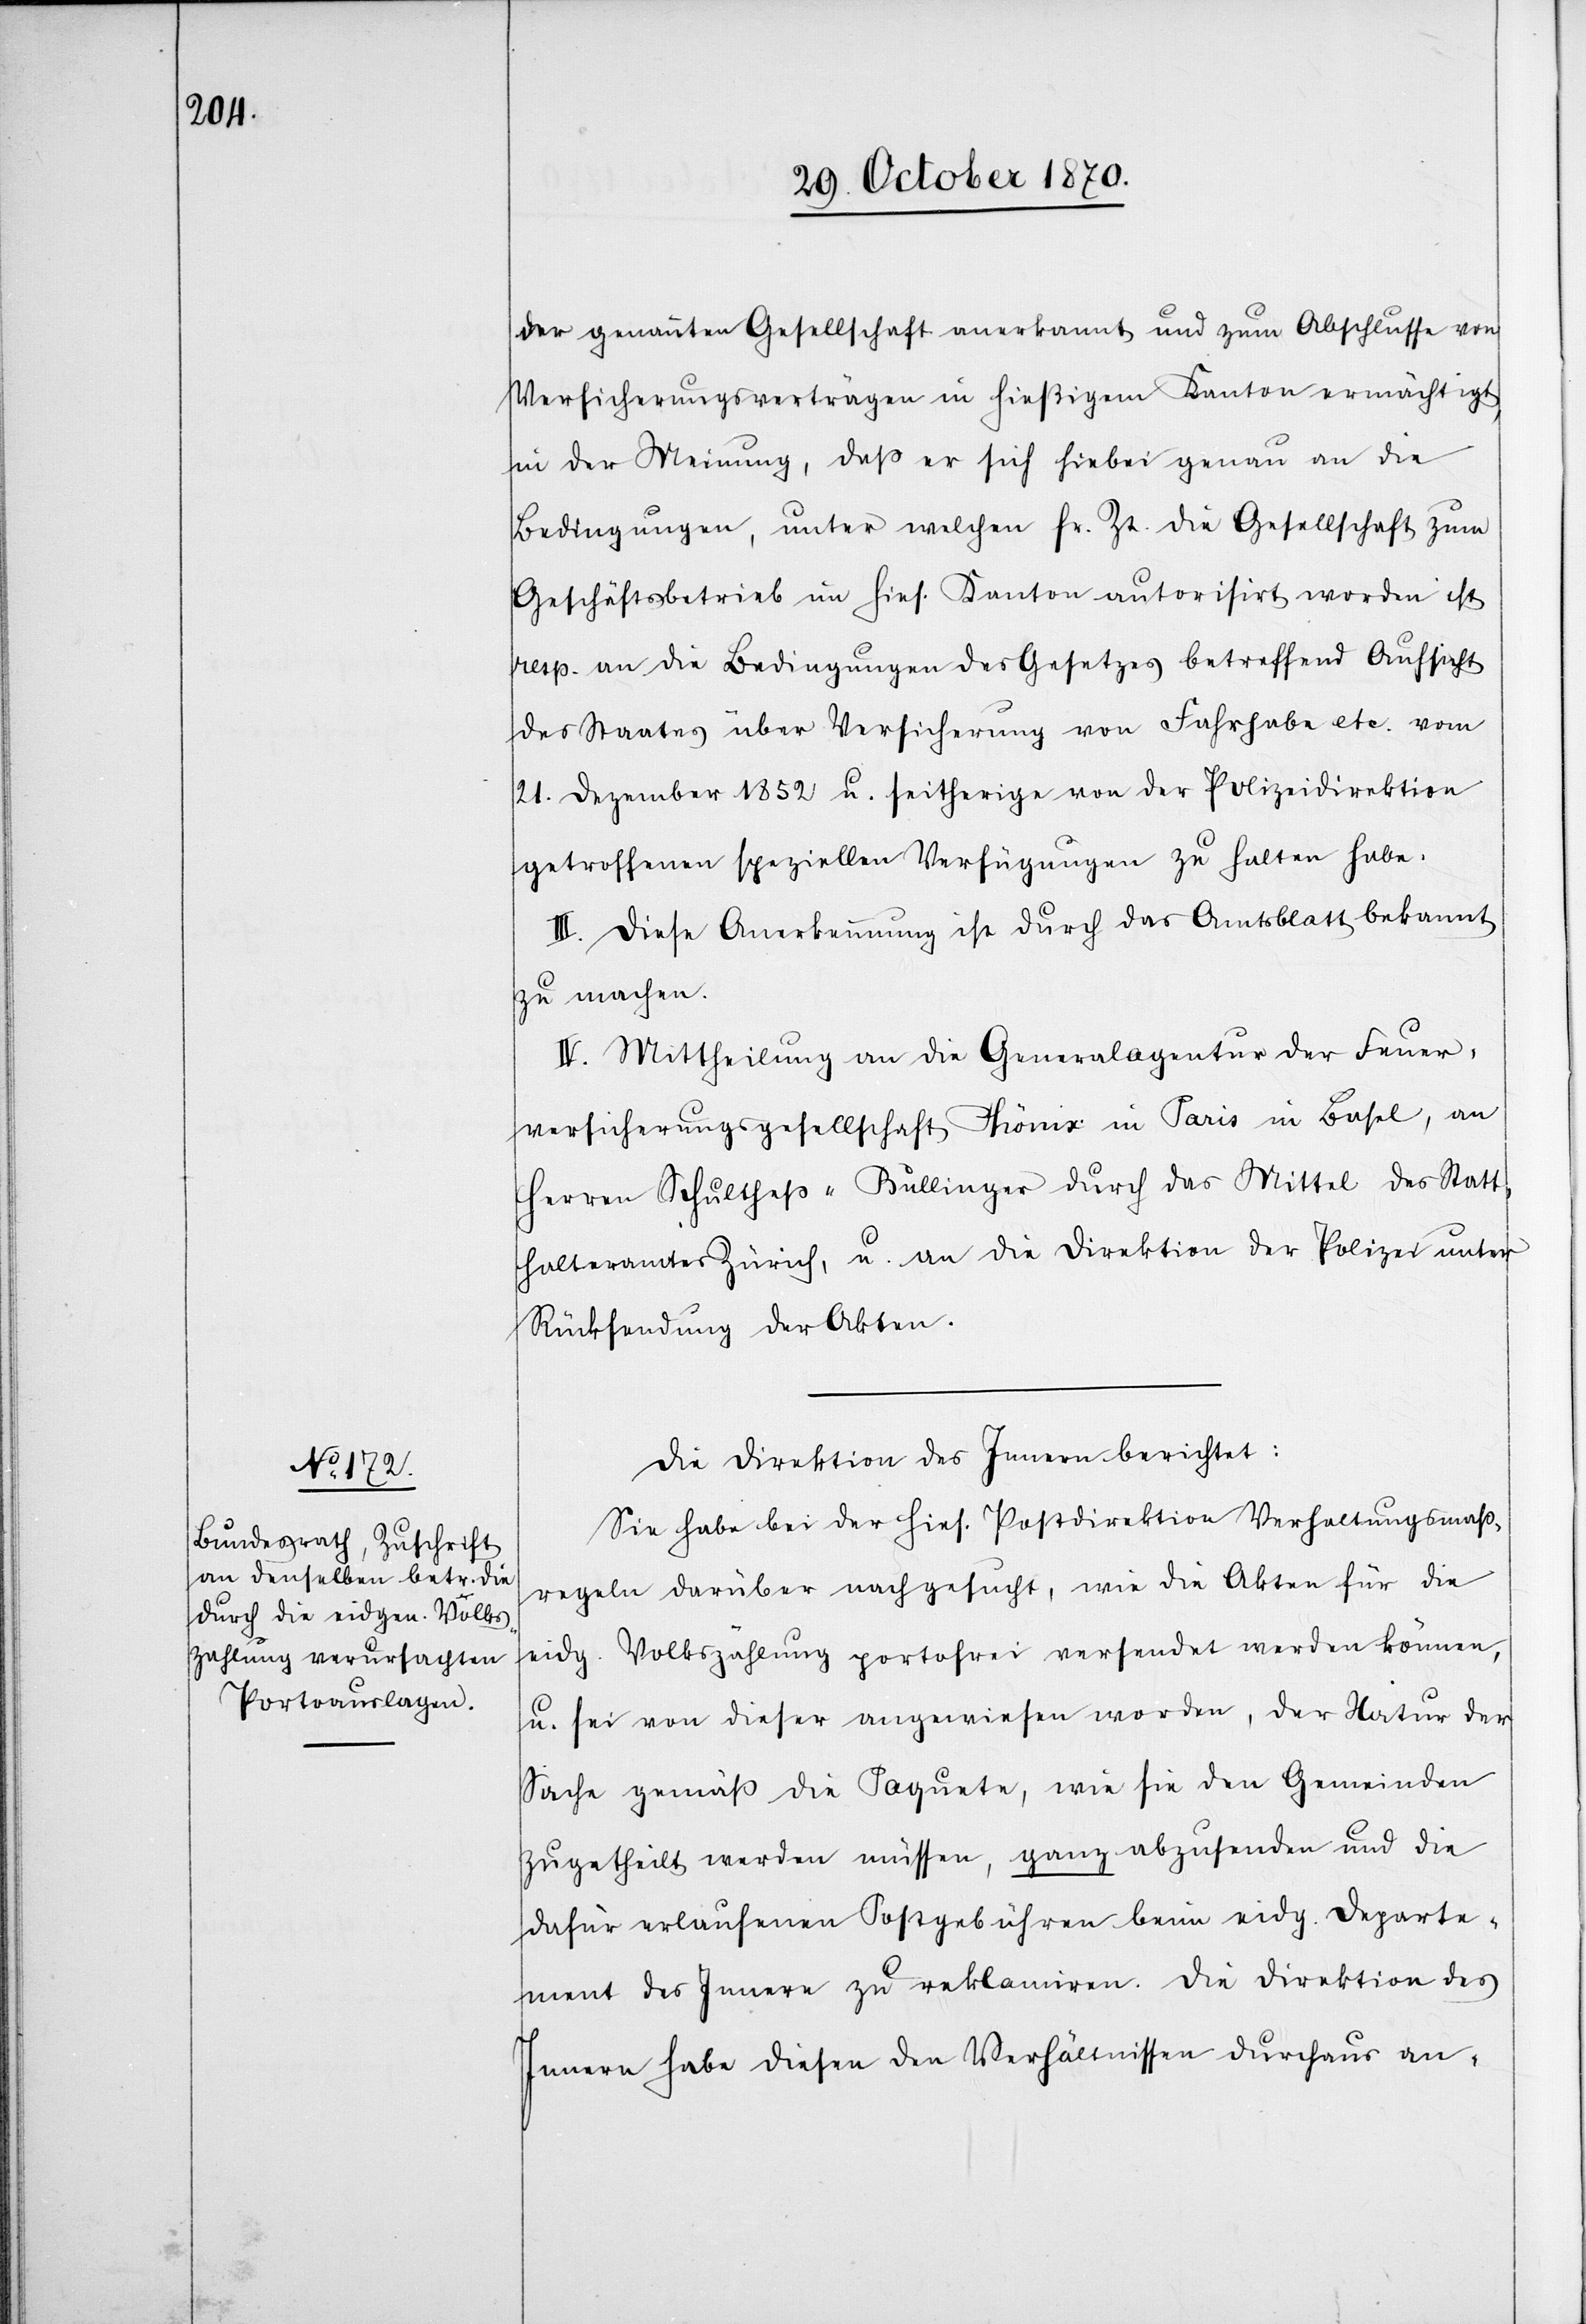
der genannten Gesellschaft anerkannt und zum Abschlusse von
Versicherungsverträgen in hießigem Kanton ermächtigt,
in der Meinung, daß er sich hiebei genau an die
Bedingungen, unter welchen sr. Zt. die Gesellschaft zum
Geschäftsbetrieb im hies. Kanton autorisirt worden ist
resp. an die Bedingungen des Gesetzes betreffend Aufsicht
des Staates über Versicherung von Fahrhabe etc. vom
21. Dezember 1852 u. seitherige von der Polizeidirektion
getroffenen speziellen Verfügungen zu halten habe.
III. Diese Anerkennung ist durch das Amtsblatt bekannt
zu machen.
IV. Mittheilung an die Generalagentur der Feuer¬
versicherungsgesellschaft Phönix in Paris in Basel, an
Herren Schultheß-Bullinger durch das Mittel des Statt¬
halteramtes Zürich, u. an die Direktion der Polizei unter
Rücksendung der Akten.
Die Direktion des Innern berichtet:
Sie habe bei der hies. Postdirektion Verhaltungsmaß¬
regeln darüber nachgesucht, wie die Akten für die
eid. Volkszählung portofrei versendet werden können,
u. sei von dieser angewiesen worden, der Natur der
Sache gemäß die Paquete, wie sie den Gemeinden
zugetheilt werden müssen, ganz abzusenden und die
dafür erlaufenen Postgebühren beim eidg. Departe¬
ment des Innern zu reklamiren. Die Direktion des
Innern habe diesen den Verhältnissen durchaus an-